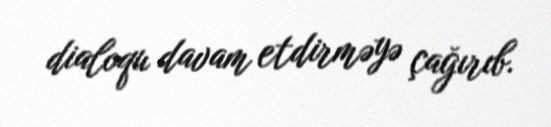
dialoqu davam etdirməyə çağırıb.